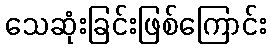
သေဆုံးခြင်းဖြစ်ကြောင်း